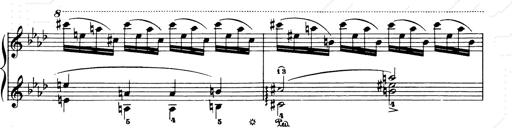
Title: Consolations and LiebestrÃ¤ume for the Piano
Composer: Franz Liszt